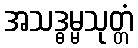
အသဒ္ဓမ္မသုတ္တံ